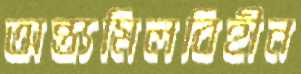
অন্ত্যমিলবিহীন